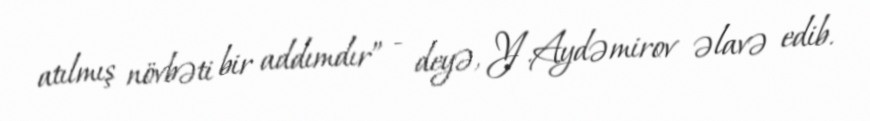
atılmış növbəti bir addımdır” - deyə, Y.Aydəmirov əlavə edib.